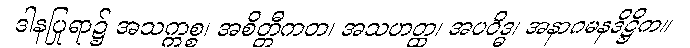
ဒါနပြုရာ၌ အသက္ကစ္စ၊ အစိတ္တီကတ၊ အသဟတ္ထ၊ အပဝိဒ္ဓ၊ အနာဂမနဒိဋ္ဌိက။